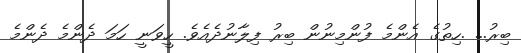
ބިރު... .ހިތުގެ އެންމެ ފުންމިނުން ބިރު ފިލާނުދެއެވެ. ހީވަނީ ހަމަ ދެންމެ ދެންމެ